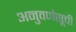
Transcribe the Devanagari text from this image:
अनुवर्णसूची